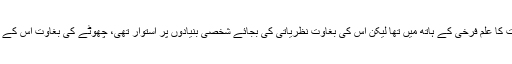
اس سے پہلے اس گھر میں بغاوت کا علم فرخی کے ہاتھ میں تھا لیکن اس کی بغاوت نظریاتی کی بجائے شخصی بنیادوں پر استوار تھی، چھوٹے کی بغاوت اس کے بر عکس تھی اور لا محدود تھی۔